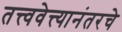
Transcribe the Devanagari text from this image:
तत्त्ववेत्त्यानंतरचे